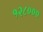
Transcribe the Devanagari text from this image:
१२८०००